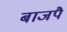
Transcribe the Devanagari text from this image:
बाजपै